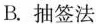
B.抽签法